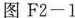
图F2-1